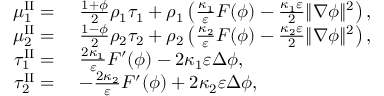
\begin{array} { r l } { \mu _ { 1 } ^ { \mathrm { I I } } = } & { ~ \frac { 1 + \phi } { 2 } \rho _ { 1 } \tau _ { 1 } + \rho _ { 1 } \left( \frac { \kappa _ { 1 } } { \varepsilon } F ( \phi ) - \frac { \kappa _ { 1 } \varepsilon } { 2 } \| \nabla \phi \| ^ { 2 } \right) , } \\ { \mu _ { 2 } ^ { \mathrm { I I } } = } & { ~ \frac { 1 - \phi } { 2 } \rho _ { 2 } \tau _ { 2 } + \rho _ { 2 } \left( \frac { \kappa _ { 2 } } { \varepsilon } F ( \phi ) - \frac { \kappa _ { 2 } \varepsilon } { 2 } \| \nabla \phi \| ^ { 2 } \right) , } \\ { \tau _ { 1 } ^ { \mathrm { I I } } = } & { ~ \frac { 2 \kappa _ { 1 } } { \varepsilon } F ^ { \prime } ( \phi ) - 2 \kappa _ { 1 } \varepsilon \Delta \phi , } \\ { \tau _ { 2 } ^ { \mathrm { I I } } = } & { ~ - \frac { 2 \kappa _ { 2 } } { \varepsilon } F ^ { \prime } ( \phi ) + 2 \kappa _ { 2 } \varepsilon \Delta \phi , } \end{array}